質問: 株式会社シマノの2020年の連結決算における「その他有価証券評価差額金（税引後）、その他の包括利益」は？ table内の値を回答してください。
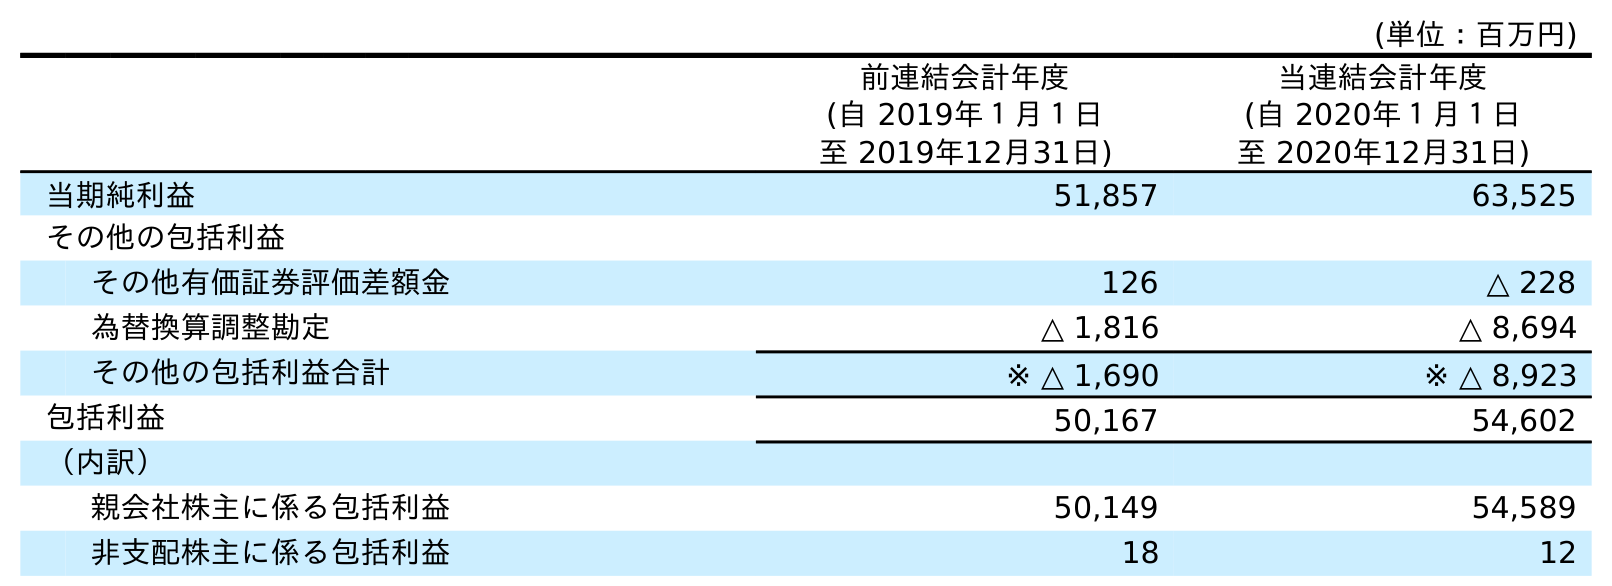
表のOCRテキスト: (単位：百万円) 前連結会計年度 (自 2019年１月１日 至 2019年12月31日) 当連結会計年度 (自 2020年１月１日 至 2020年12月31日) 当期純利益 51,857 63,525 その他の包括利益 その他有価証券評価差額金 126 △ 228 為替換算調整勘定 △ 1,816 △ 8,694 その他の包括利益合計 ※ △ 1,690 ※ △ 8,923 包括利益 50,167 54,602 （内訳） 親会社株主に係る包括利益 50,149 54,589 非支配株主に係る包括利益 18 12
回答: △228